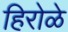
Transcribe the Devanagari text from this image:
हिरोळे